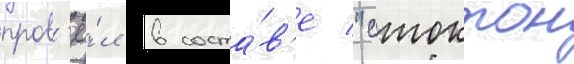
пров'ё́л в соста́в'е "стоктон